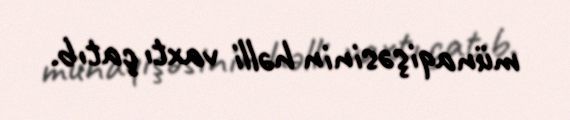
münaqişəsinin həlli vaxtı çatıb.